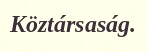
Köztársaság.